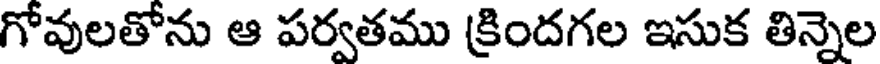
గోవులతోను ఆ పర్వతము క్రిందగల ఇసుక తిన్నెల